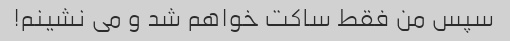
سپس من فقط ساکت خواهم شد و می نشینم!